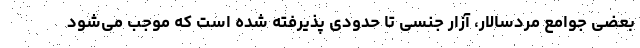
بعضی جوامع مردسالار، آزار جنسی تا حدودی پذیرفته شده است که موجب می‌شود